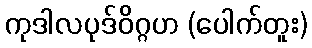
ကုဒါလပုဒ်ဝိဂ္ဂဟ (ပေါက်တူး)